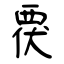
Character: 覄